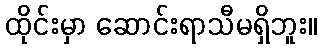
ထိုင်းမှာ ဆောင်းရာသီမရှိဘူး။